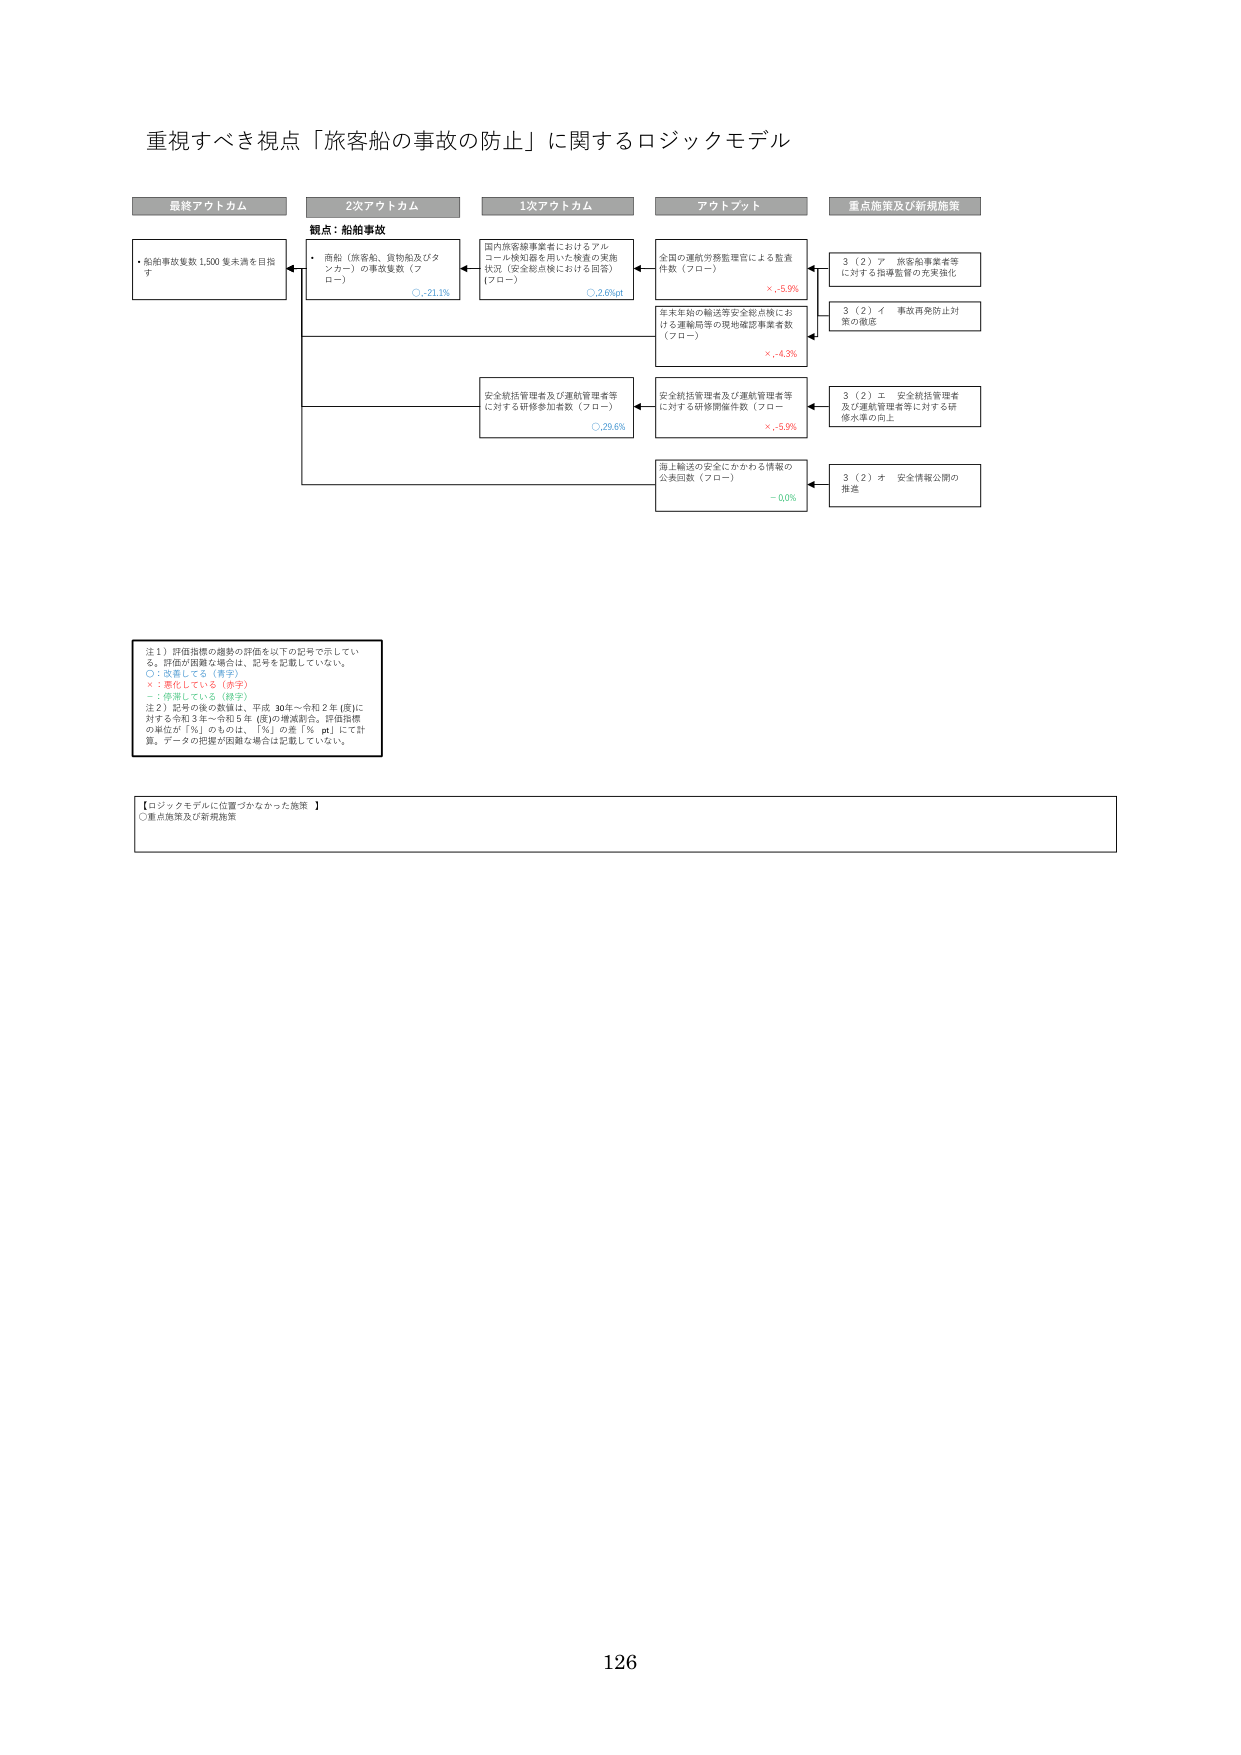
重視すべき視点「旅客船の事故の防止」に関するロジックモデル

最終アウトカム
・船舶事故事故 1,500 件未満を目指す

2次アウトカム
観点：船舶事故
・商船（旅客船、貨物船及びタンカー）の事故件数（フロー）
○ -21.1%

1次アウトカム
国内旅客船事業者におけるアルコール検知器を用いた検査の実施状況（安全総点検における回答）（フロー）
○ 2.6%p

アウトプット
全国の運航労務監理官による監査件数（フロー）
× -5.9%

年末年始の輸送等安全総点検における運航局等の現地確認事業者数（フロー）
× -4.3%

安全統括管理者及び運航管理者等に対する研修参加者数（フロー）
○ 29.6%

安全統括管理者及び運航管理者等に対する研修開催件数（フロー）
× -5.9%

海上輸送の安全にかかわる情報の公表回数（フロー）
- 0.0%

重点施策及び新規施策
3（2）ア 旅客船事業者等に対する指導監督の充実強化

3（2）イ 事故再発防止対策の徹底

3（2）エ 安全統括管理者及び運航管理者等に対する研修水準の向上

3（2）オ 安全情報公開の推進

注1）評価指標の趨勢の評価は以下の記号で示している。評価が困難な場合は、記号を記載していない。
○：改善している（青字）
×：悪化している（赤字）
-：停滞している（緑字）
注2）記号の後の数値は、平成30年～令和2年（度）に対する令和3年～令和5年（度）の増減割合。評価指標の単位が「％」のものは、「％」の差「％pt」にて計算。データの把握が困難な場合は記載していない。

【ロジックモデルに位置づけなかった施策】
○重点施策及び新規施策

126